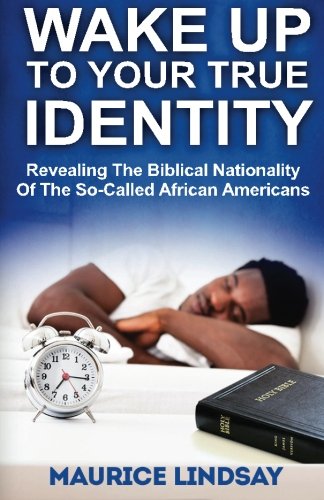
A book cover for Wake Up To Your True Identity: Revealing The Biblical Nationality Of The So-Called African Americans; Maurice Lindsay; Christian Books & Bibles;